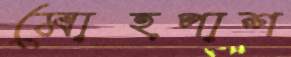
মোহপাশ